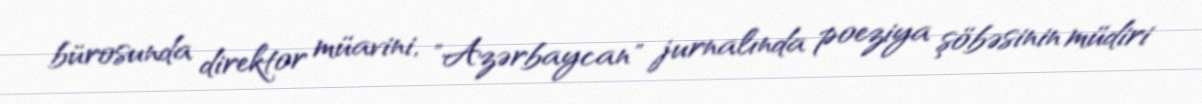
bürosunda direktor müavini, "Azərbaycan" jurnalında poeziya şöbəsinin müdiri